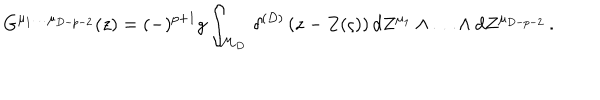
LaTeX: G ^ { \mu _ { 1 } \ldots \mu _ { D - p - 2 } } ( z ) = ( - ) ^ { p + 1 } g \int _ { { \cal M } _ { D } } \, \delta ^ { ( D ) } \left( z - Z ( \varsigma ) \right) d Z ^ { \mu _ { 1 } } \wedge \ldots \wedge d Z ^ { \mu _ { D - p - 2 } } \, .